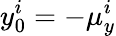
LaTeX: y_{0}^{i}=-\mu_{y}^{i}